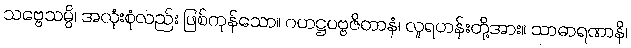
သဗ္ဗေသမ္ပိ၊ အလုံးစုံလည်း ဖြစ်ကုန်သော။ ဂဟဋ္ဌပဗ္ဗဇိတာနံ၊ လူရဟန်းတို့အား။ သာဓာရဏာနိ၊